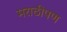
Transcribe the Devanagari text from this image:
मराठीपण